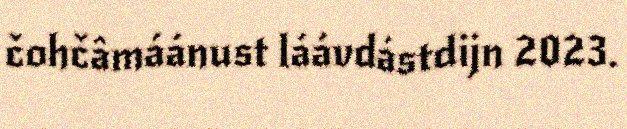
čohčâmáánust láávdástdijn 2023.